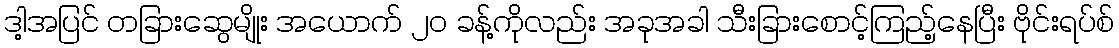
ဒါ့အပြင် တခြားဆွေမျိုး အယောက် ၂၀ ခန့်ကိုလည်း အခုအခါ သီးခြားစောင့်ကြည့်နေပြီး ဗိုင်းရပ်စ်